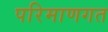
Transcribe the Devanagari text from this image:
परिमाणगत